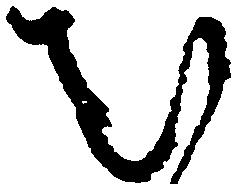
む